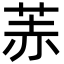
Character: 䓇